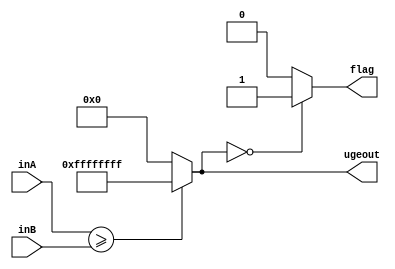
module UGE(inA, inB, ugeout, flag);
    input [31:0] inA;
    input [31:0] inB;
    output reg [31:0] ugeout;
    output reg flag;
    
    always@(*) begin
        ugeout = (inA>=inB)?32'b11111111111111111111111111111111:32'b0;
        if(ugeout==0)
            flag = 1;
        else
            flag = 0;
    end
endmodule